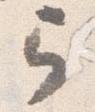
弓